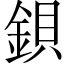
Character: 鋇